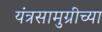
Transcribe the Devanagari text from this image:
यंत्रसामुग्रीच्या